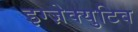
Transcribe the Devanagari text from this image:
इग्ज़ेक्युटिव